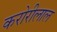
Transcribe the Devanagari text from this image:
करोरीलाल